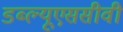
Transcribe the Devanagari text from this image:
डब्ल्यूएससीवी